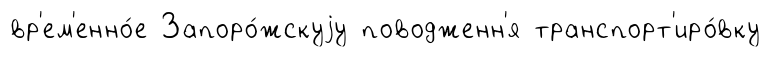
вр'ем'енно́е Запоро́жскуjу поводженн'я транспорт'иро́вку